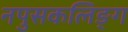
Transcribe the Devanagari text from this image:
नपुसकलिङ्ग